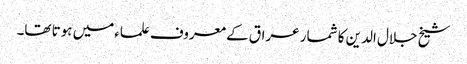
شیخ جلال الدین کا شمار عراق کے معروف علماءمیں ہوتا تھا۔